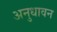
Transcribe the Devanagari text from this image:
अनुधावन